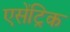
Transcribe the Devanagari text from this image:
एसेंट्रिक